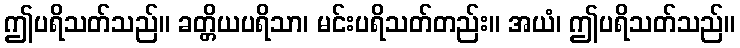
ဤပရိသတ်သည်။ ခတ္တိယပရိသာ၊ မင်းပရိသတ်တည်း။ အယံ၊ ဤပရိသတ်သည်။